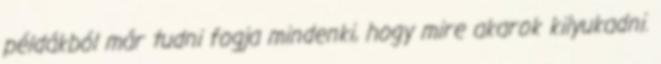
példákból már tudni fogja mindenki, hogy mire akarok kilyukadni.